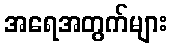
အရေအတွက်များ